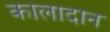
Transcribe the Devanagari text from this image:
कालादान